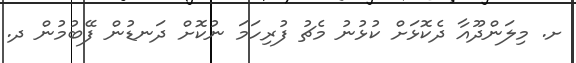
ށ. މިލަންދޫއާ ދެކޮޅަށް ކުޅުނު މެޗު ފުރިހަމަ ނުކޮށް ދަނޑުން ފޭބުމުން ދ.